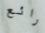
رائع